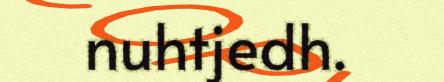
nuhtjedh.